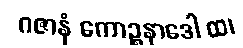
ဂဇာနံ ကောဉ္စနာဒေါ ထ၊